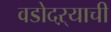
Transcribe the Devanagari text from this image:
वडोदऱ्याची